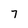
Character: 7